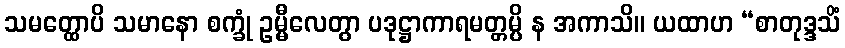
သမတ္ထောပိ သမာနော စက္ခုံ ဥမ္မီလေတွာ ပဒုဋ္ဌာကာရမတ္တမ္ပိ န အကာသိ။ ယထာဟ “စာတုဒ္ဒသိံ